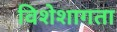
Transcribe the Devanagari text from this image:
विशेशागता